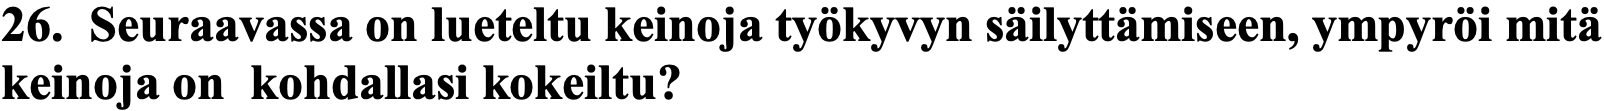
26. Seuraavassa on lueteltu keinoja työkyvyn säilyttämiseen, ympyröi mitä keinoja on kohdallasi kokeiltu?